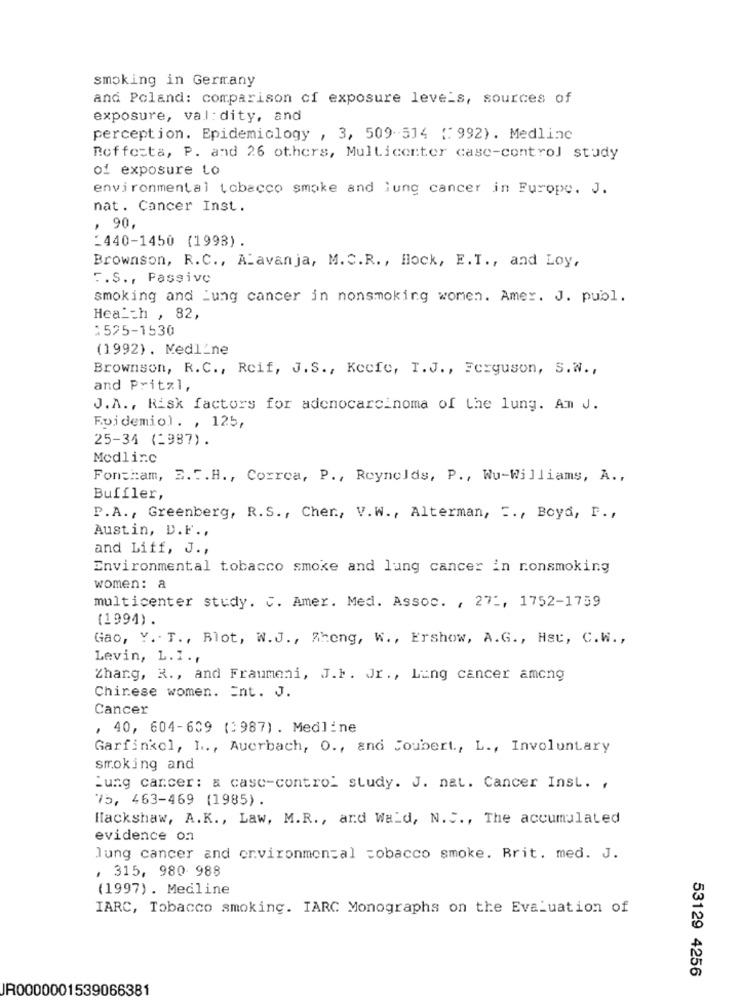
smoking in Germany
and Poland: comparison of exposure levels, sources of
exposure, val: dity, and
perception. Epidemiology , 3, 509-514 {: 992) . Medline
Roffesta, P. and 26 others, Multicenter case-control study
of exposure Lo
environmental tobacco smoke and lung cancer in Furope. J.
nat. Cancer Inst.
, 90,
2440-1450 (1993).
Brownson, R.C ., Alavanja, M. C.R ., Hock, E.T ., and Loy,
F.S ., Passive
smoking and Lung cancer in nonsmoking women. Amer. J. publ.
Health , 82,
1525-1530
(1992) . Medline
Brownson, R.C ., Reif, J.S ., Keefe, T.J ., Ferguson, S.W .,
and Pritzl,
J.A ., Risk factors for adenocarcinoma of the lung. Am J.
Epidemiol. , 125,
25-34 (1987).
Medline
Foncham, 3.5. H ., Correa, P ., Reynolds, P ., Wu-Williams, A .,
Buffler,
P.A ., Greenberg, R.S ., Cher ., V.W ., Alterman, .., Boyd, F .,
Austin, D.F .,
and Liff, J .,
Environmental tobacco smoke and lung cancer in ronsmoking
women: a
multicenter study. C. Amer. Med. Assoc. , 27 :, 1752-1759
(1994).
Gao, Y. . T ., Blot, W.J ., Aheng, W ., Ershow, A.G ., Hat, C.W .,
Levin, L. I . ,
Zhang, R ., and Fraumeni, J.F. Jr ., Ling cancer among
Chinese women. Ent. J.
Cancer
, 40, 604-609 (1987) . Medline
Garfinkel, L ., Auerbach, O ., and Joubert, L ., Involuntary
smoking and
:ung carcer: & case-control study. J. nat. Cancer Inst. ,
75, 463-469 (1985).
Hackshaw, A.K ., Law, M.R ., and Wald, N. C ., The accumulated
evidence on
lung cancer and environmental tobacco smoke. Brit. med. J.
, 315, 980 988
(1997) . Medline
IARC, Tobacco smoking. IARC Monographs on the Evaluation of
53129 4256
JR0000001539066381